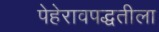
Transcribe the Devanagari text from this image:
पेहेरावपद्धतीला